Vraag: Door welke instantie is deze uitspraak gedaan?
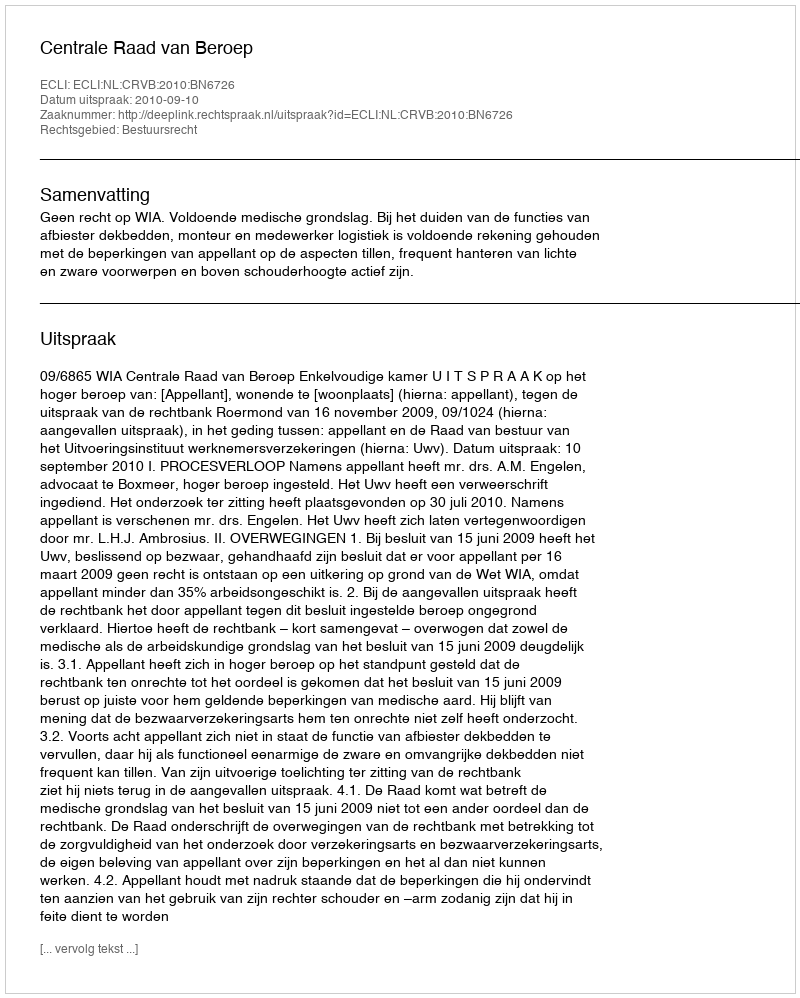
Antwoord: Centrale Raad van Beroep